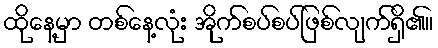
ထိုနေ့မှာ တစ်နေ့လုံး အိုက်စပ်စပ်ဖြစ်လျက်ရှိ၏။